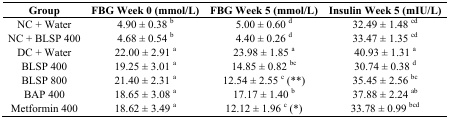
<table><thead><tr><td><b>Group</b></td><td><b>FBG Week 0 (mmol/L)</b></td><td><b>FBG Week 5 (mmol/L)</b></td><td><b>Insulin Week 5 (mIU/L)</b></td></tr></thead><tbody><tr><td>NC + Water</td><td>4.90 ± 0.38 <sup>b</sup></td><td>5.00 ± 0.60 <sup>d</sup></td><td>32.49 ± 1.48 <sup>cd</sup></td></tr><tr><td>NC + BLSP 400</td><td>4.68 ± 0.54 <sup>b</sup></td><td>4.40 ± 0.26 <sup>d</sup></td><td>33.47 ± 1.35 <sup>cd</sup></td></tr><tr><td>DC + Water</td><td>22.00 ± 2.91 <sup>a</sup></td><td>23.98 ± 1.85 <sup>a</sup></td><td>40.93 ± 1.31 <sup>a</sup></td></tr><tr><td>BLSP 400</td><td>19.25 ± 3.01 <sup>a</sup></td><td>14.85 ± 0.82 <sup>bc</sup></td><td>30.74 ± 0.38 <sup>d</sup></td></tr><tr><td>BLSP 800</td><td>21.40 ± 2.31 <sup>a</sup></td><td>12.54 ± 2.55 <sup>c</sup> (**)</td><td>35.45 ± 2.56 <sup>bc</sup></td></tr><tr><td>BAP 400</td><td>18.65 ± 3.08 <sup>a</sup></td><td>17.17 ± 1.40 <sup>b</sup></td><td>37.88 ± 2.24 <sup>ab</sup></td></tr><tr><td>Metformin 400</td><td>18.62 ± 3.49 <sup>a</sup></td><td>12.12 ± 1.96 <sup>c</sup> (*)</td><td>33.78 ± 0.99 <sup>bcd</sup></td></tr></tbody></table>